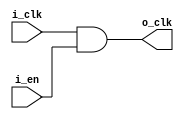
module clk_en(
    i_clk,
    i_en,
    o_clk
);

input  wire i_clk;
input  wire i_en;
output wire  o_clk;


assign o_clk = i_clk & i_en;













endmodule